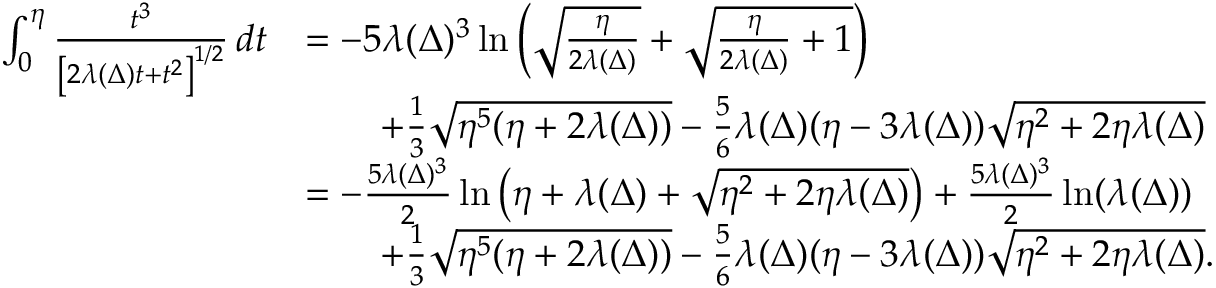
\begin{array} { r l } { \int _ { 0 } ^ { \eta } \frac { t ^ { 3 } } { \left[ 2 \lambda ( \Delta ) t + t ^ { 2 } \right] ^ { 1 / 2 } } \, d t } & { = - 5 \lambda ( \Delta ) ^ { 3 } \ln \left( \sqrt { \frac { \eta } { 2 \lambda ( \Delta ) } } + \sqrt { \frac { \eta } { 2 \lambda ( \Delta ) } + 1 } \right) } \\ & { \qquad + \frac 1 3 \sqrt { \eta ^ { 5 } ( \eta + 2 \lambda ( \Delta ) ) } - \frac { 5 } 6 \lambda ( \Delta ) ( \eta - 3 \lambda ( \Delta ) ) \sqrt { \eta ^ { 2 } + 2 \eta \lambda ( \Delta ) } } \\ & { = - \frac { 5 \lambda ( \Delta ) ^ { 3 } } { 2 } \ln \left( \eta + \lambda ( \Delta ) + \sqrt { \eta ^ { 2 } + 2 \eta \lambda ( \Delta ) } \right) + \frac { 5 \lambda ( \Delta ) ^ { 3 } } { 2 } \ln ( \lambda ( \Delta ) ) } \\ & { \qquad + \frac 1 3 \sqrt { \eta ^ { 5 } ( \eta + 2 \lambda ( \Delta ) ) } - \frac { 5 } 6 \lambda ( \Delta ) ( \eta - 3 \lambda ( \Delta ) ) \sqrt { \eta ^ { 2 } + 2 \eta \lambda ( \Delta ) } . } \end{array}